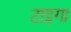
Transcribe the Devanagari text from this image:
टाइगा